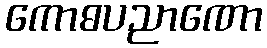
ကောဓပညာဏော